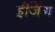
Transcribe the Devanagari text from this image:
ईजिंग